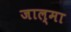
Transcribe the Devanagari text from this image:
जाल्मा